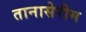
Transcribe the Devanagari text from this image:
तानासेरीम